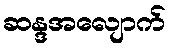
ဆန္ဒအလျောက်